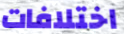
اختلافات